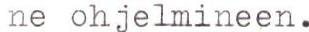
ne ohjelmineen.